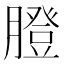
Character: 膯